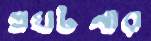
প্রঘটনার